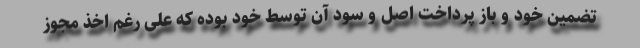
تضمین خود و باز پرداخت اصل و سود آن توسط خود بوده که علی رغم اخذ مجوز